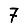
Digit: 7